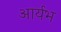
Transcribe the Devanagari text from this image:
आर्यभ